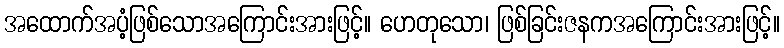
အထောက်အပံ့ဖြစ်သောအကြောင်းအားဖြင့်။ ဟေတုသော၊ ဖြစ်ခြင်းဇနကအကြောင်းအားဖြင့်။